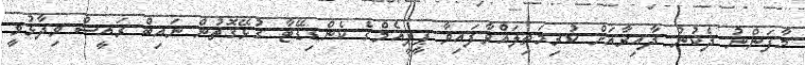
މާފަންނު ދެކުނު ދާއިރާއަށް ކުރިމަތިލައްވާފައިވާ ޕީޕީއެމްގެ ކެންޑިޑޭޓާ ގުޅޭގޮތުން ނައިބް ރައީސް ވިދާޅުވީ